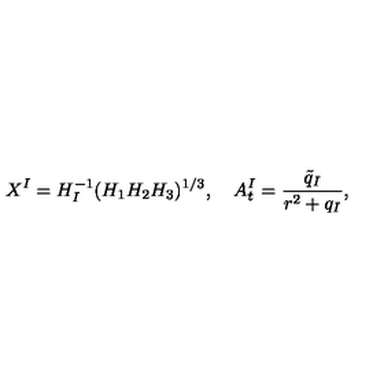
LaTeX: X ^ { I } = H _ { I } ^ { - 1 } ( H _ { 1 } H _ { 2 } H _ { 3 } ) ^ { 1 / 3 } , \quad A _ { t } ^ { I } = \frac { \tilde { q } _ { I } } { r ^ { 2 } + q _ { I } } ,